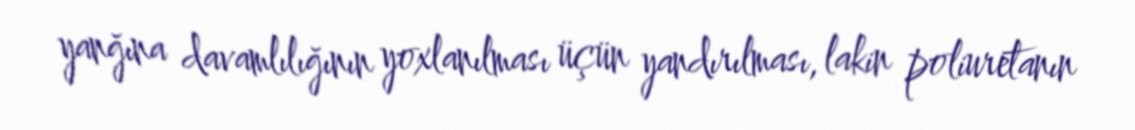
yanğına davamlılığının yoxlanılması üçün yandırılması, lakin poliuretanın